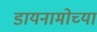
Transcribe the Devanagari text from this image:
डायनामोच्या